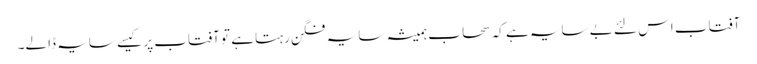
آفتاب اس لئے بے سایہ ہے کہ سحاب ہمیشہ سایہ فگن رہتا ہے تو آفتاب پر کیسے سایہ ڈالے۔